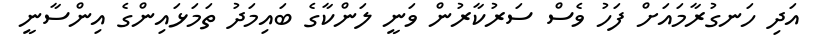
އަދި ހަނގުރާމައަށް ފަހު ވެސް ސަރުކާރުން ވަނީ ލަންކާގެ ބައިމަދު ތަމަޅައިންގެ އިންސާނީ